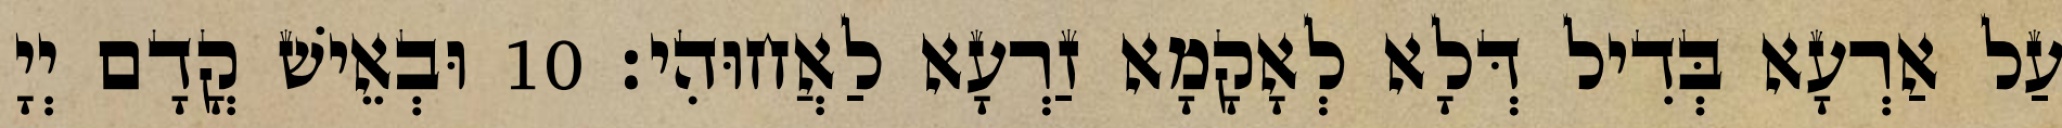
עַל אַרְעָא בְּדִיל דְּלָא לְאָקָמָא זַרְעָא לַאֲחוּהִי׃ 10 וּבְאֵישׁ קֳדָם יְיָ